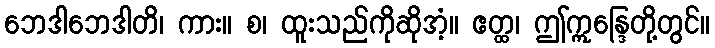
ဘေဒါဘေဒါတိ၊ ကား။ စ၊ ထူးသည်ကိုဆိုအံ့။ ဧတ္ထ၊ ဤဣန္ဒြေတို့တွင်။